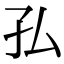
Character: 𭒸